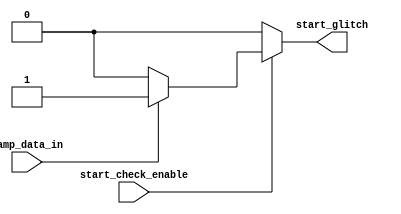
module start_check (
    input wire samp_data_in,
    input wire start_check_enable,
    output reg start_glitch
);
    always @(*) begin
        if(start_check_enable)begin
            if(!samp_data_in)begin
                start_glitch = 0;
            end
            else begin
                start_glitch = 1;
            end
        end
        else begin
            start_glitch = 0;
        end
    end
endmodule